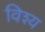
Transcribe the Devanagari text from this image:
विश्य